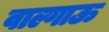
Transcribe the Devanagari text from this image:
वाल्गाऊ